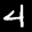
Label: 4